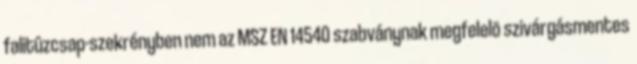
falitûzcsap-szekrényben nem az MSZ EN 14540 szabványnak megfelelõ szivárgásmentes